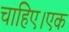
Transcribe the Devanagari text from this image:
चाहिए।एक